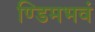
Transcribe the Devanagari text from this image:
ण्डिमभवं